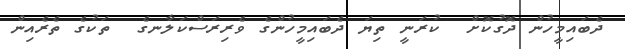
ދެބައިމީހުން ދޮގުކޮށް  ކުރަނީ ތިޔަ ދެބައިމީހުންގެ ވެރިރަސްކަލާނގެ  ތަކުގެ ތެރެއިން